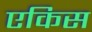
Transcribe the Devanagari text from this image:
एकिस